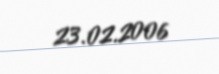
23.02.2006